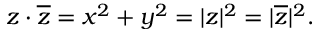
z \cdot { \overline { { z } } } = x ^ { 2 } + y ^ { 2 } = | z | ^ { 2 } = | { \overline { { z } } } | ^ { 2 } .